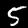
Digit: 5